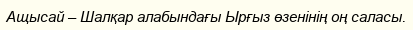
Ащысай – Шалқар алабындағы Ырғыз өзенінің оң саласы.